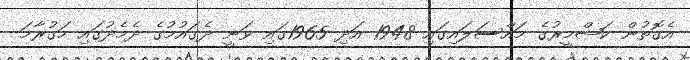
އެގޮތުން ކަޝްމީރުގެ މައްސަލައިގައި 1948 އަދި 1965ގައި ވަނީ ދެގައުމުގެ ދެމެދުގައި ހަގުރާމަ